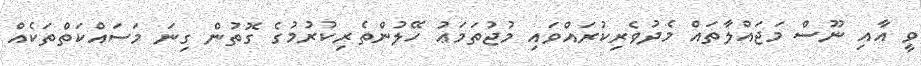
ވީ އާއި ނޫސް މަޖައްލާތައް މެދުވެރިކުރައްވައި މުޖުތަމަޢު ހޭލުންތެރިކުރުމުގެ ގޮތުން ގިނަ މަސައްކަތްތަކެއް